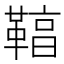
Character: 𩋻